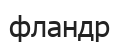
фландр